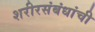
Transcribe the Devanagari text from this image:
शरीरसंबंधांची